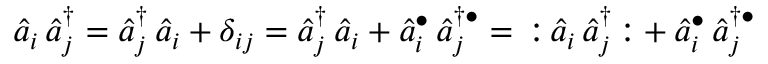
{ \hat { a } } _ { i } \, { \hat { a } } _ { j } ^ { \dagger } = { \hat { a } } _ { j } ^ { \dagger } \, { \hat { a } } _ { i } + \delta _ { i j } = { \hat { a } } _ { j } ^ { \dagger } \, { \hat { a } } _ { i } + { \hat { a } } _ { i } ^ { \bullet } \, { \hat { a } } _ { j } ^ { \dagger \bullet } = \, { \mathopen { : } } \, { \hat { a } } _ { i } \, { \hat { a } } _ { j } ^ { \dagger } \, { \mathclose { : } } + { \hat { a } } _ { i } ^ { \bullet } \, { \hat { a } } _ { j } ^ { \dagger \bullet }